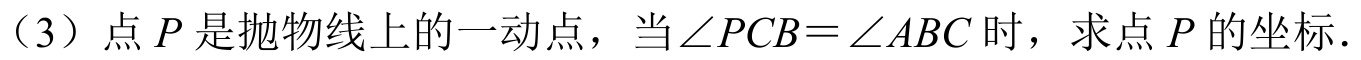
（3）点\(P\)是抛物线上的一动点，当\(\angle PCB=\angle ABC\)时，求点\(P\)的坐标.